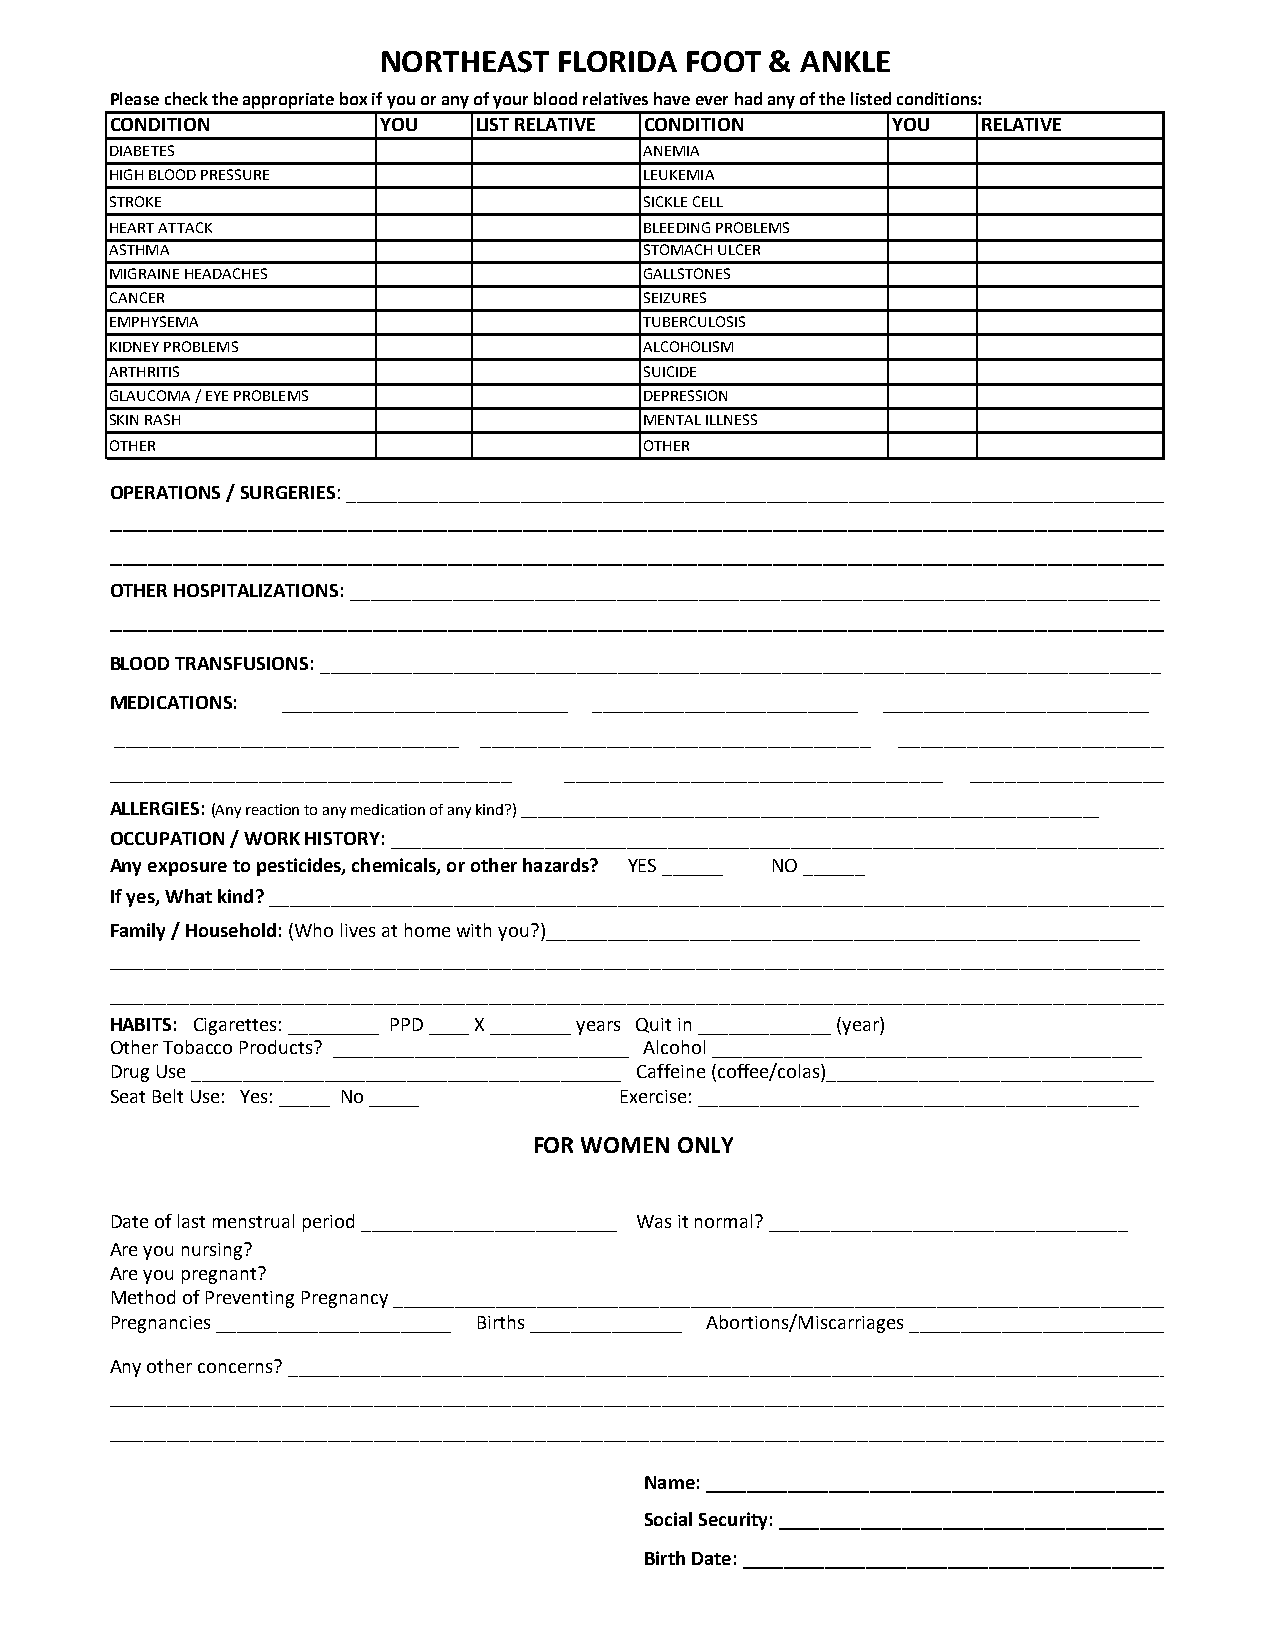
NORTHEAST   FLORIDA FOOT  & ANKLE
 Please check the appropriate box if you or any of your blood relatives have ever had any of the listed conditions:
 CONDITION         YOU    LIST RELATIVE CONDITION    YOU   RELATIVE
 DIABETES                            ANEMIA
 HIGH BLOOD PRESSURE                 LEUKEMIA
 STROKE                              SICKLE CELL
 HEART ATTACK                        BLEEDING PROBLEMS
 ASTHMA                              STOMACH ULCER
 MIGRAINE HEADACHES                  GALLSTONES
 CANCER                              SEIZURES
 EMPHYSEMA                           TUBERCULOSIS
 KIDNEY PROBLEMS                     ALCOHOLISM
 ARTHRITIS                           SUICIDE
 GLAUCOMA / EYE PROBLEMS             DEPRESSION
 SKIN RASH                           MENTAL ILLNESS
 OTHER                               OTHER
 OPERATIONS / SURGERIES: ________________________________________________________________________________
 _____________________________________________________________________________________________
 _____________________________________________________________________________________________
 OTHER HOSPITALIZATIONS: _______________________________________________________________________________
 _____________________________________________________________________________________________
 BLOOD TRANSFUSIONS: __________________________________________________________________________________
 MEDICATIONS: ____________________________ __________________________ __________________________
 ______________________________ __________________________________ _____________________________________
 ___________________________________ _________________________________ ________________________________
 ALLERGIES: (Any reaction to any medication of any kind?) ______________________________________________________________________
 OCCUPATION / WORK HISTORY: ______________________________________________________________________________
 Any exposure to pesticides, chemicals, or other hazards? YES ______ NO ______
 If yes, What kind? ________________________________________________________________________________________
 Family / Household: (Who lives at home with you?)__________________________________________________________
 __________________________________________________________________________________________________________
 __________________________________________________________________________________________________________
 HABITS: Cigarettes: _________ PPD ____ X ________ years Quit in _____________ (year)
 Other Tobacco Products? _____________________________ Alcohol __________________________________________
 Drug Use __________________________________________ Caffeine (coffee/colas)________________________________
 Seat Belt Use: Yes: _____ No _____ Exercise: ___________________________________________
 FOR WOMEN ONLY
 Date of last menstrual period _________________________ Was it normal? ___________________________________
 Are you nursing?
 Are you pregnant?
 Method of Preventing Pregnancy _____________________________________________________________________________
 Pregnancies _______________________ Births _______________ Abortions/Miscarriages __________________________
 Any other concerns? ______________________________________________________________________________________
 __________________________________________________________________________________________________________
 __________________________________________________________________________________________________________
 Name: _________________________________________________
 Social Security: __________________________________________
 Birth Date: _____________________________________________